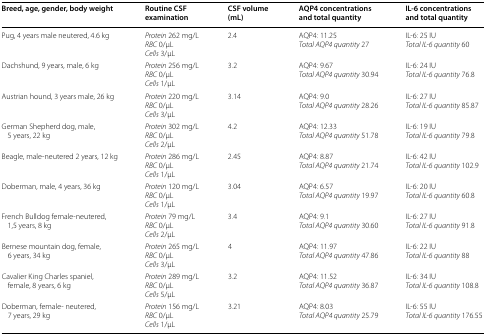
| Breed, age, gender, body weight | Routine CSF examination | CSF volume (mL) | AQP4 concentrations and total quantity | IL-6 concentrations and total quantity |
 | --- | --- | --- | --- | --- |
 | Pug, 4 years male neutered, 4.6 kg | Protein 262 mg/LRBC 0/μLCells 3/μL | 2.4 | AQP4: 11.25Total AQP4 quantity 27 | IL-6: 25 IUTotal IL-6 quantity 60 |
 | Dachshund, 9 years, male, 6 kg | Protein 256 mg/LRBC 0/μLCells 1/μL | 3.2 | AQP4: 9.67Total AQP4 quantity 30.94 | IL-6: 24 IUTotal IL-6 quantity 76.8 |
 | Austrian hound, 3 years male, 26 kg | Protein 220 mg/LRBC 0/μLCells 3/μL | 3.14 | AQP4: 9.0Total AQP4 quantity 28.26 | IL-6: 27 IUTotal IL-6 quantity 85.87 |
 | German Shepherd dog, male, 5 years, 22 kg | Protein 302 mg/LRBC 0/μLCells 2/μL | 4.2 | AQP4: 12.33Total AQP4 quantity 51.78 | IL-6: 19 IUTotal IL-6 quantity 79.8 |
 | Beagle, male-neutered 2 years, 12 kg | Protein 286 mg/LRBC 0/μLCells 1/μL | 2.45 | AQP4: 8.87Total AQP4 quantity 21.74 | IL-6: 42 IUTotal IL-6 quantity 102.9 |
 | Doberman, male, 4 years, 36 kg | Protein 120 mg/LRBC 0/μLCells 1/μL | 3.04 | AQP4: 6.57Total AQP4 quantity 19.97 | IL-6: 20 IUTotal IL-6 quantity 60.8 |
 | French Bulldog female-neutered, 1,5 years, 8 kg | Protein 79 mg/LRBC 0/μLCells 2/μL | 3.4 | AQP4: 9.1Total AQP4 quantity 30.60 | IL-6: 27 IUTotal IL-6 quantity 91.8 |
 | Bernese mountain dog, female, 6 years, 34 kg | Protein 265 mg/LRBC 0/μLCells 3/μL | 4 | AQP4: 11.97Total AQP4 quantity 47.86 | IL-6: 22 IUTotal IL-6 quantity 88 |
 | Cavalier King Charles spaniel, female, 8 years, 6 kg | Protein 289 mg/LRBC 0/μLCells 5/μL | 3.2 | AQP4: 11.52Total AQP4 quantity 36.87 | IL-6: 34 IUTotal IL-6 quantity 108.8 |
 | Doberman, female- neutered, 7 years, 29 kg | Protein 156 mg/LRBC 0/μLCells 1/μL | 3.21 | AQP4: 8.03Total AQP4 quantity 25.79 | IL-6: 55 IUTotal IL-6 quantity 176.55 |